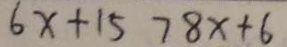
6 x + 1 5 7 8 x + 6